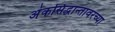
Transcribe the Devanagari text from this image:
अंकसिद्धान्तावरच्या